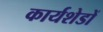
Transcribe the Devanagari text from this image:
कार्यशेडों